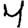
Digit: 4